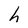
Character: h